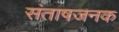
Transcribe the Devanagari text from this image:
संताषजनक